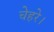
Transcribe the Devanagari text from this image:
चेहरे।